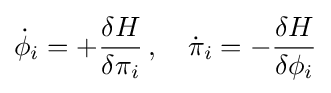
{\dot {\phi }}_{i}=+{\frac {\delta {H}}{\delta \pi _{i}}}\,,\quad {\dot {\pi }}_{i}=-{\frac {\delta {H}}{\delta \phi _{i}}}